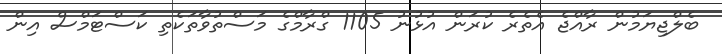
ބެލްޖިޔަމުން ރާއްޖެ އެތެރެ ކުރަން އުޅުނު 1105 ގްރާމްގެ މަސްތުވާތަކެތި ކަސްޓަމްސް އިން